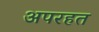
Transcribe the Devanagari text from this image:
अपरहत